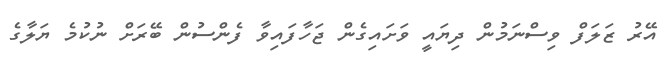
އޭރު ޒަލަފް ވިސްނަމުން ދިޔައީ ވަށައިގެން ޖަހާފައިވާ ފެންސުން ބޭރަށް ނުކުމެ ޔަލާގެ